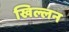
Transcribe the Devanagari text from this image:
खिल्लन